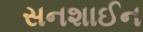
સનશાઈન